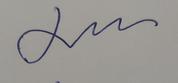
Signature authenticity: genuine